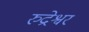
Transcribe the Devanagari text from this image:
रुद्रेश्वर